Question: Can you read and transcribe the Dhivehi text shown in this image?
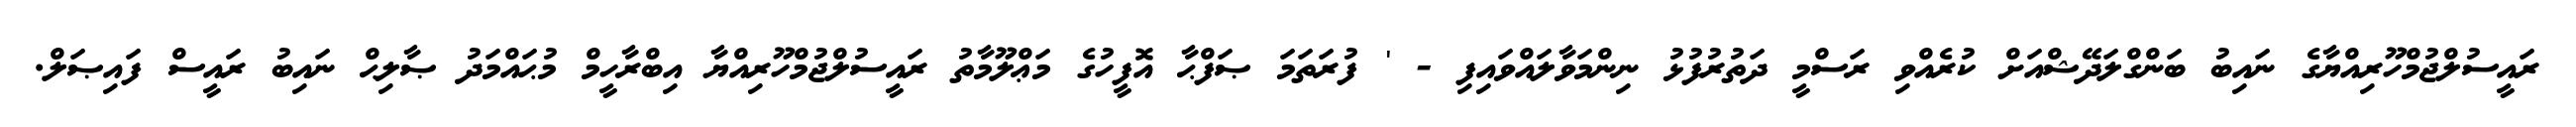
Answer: ރައީސުލްޖުމްހޫރިއްޔާގެ ނައިބު ބަންގްލަދޭޝްއަށް ކުރެއްވި ރަސްމީ ދަތުރުފުޅު ނިންމަވާލައްވައިފި - ' ފުރަތަމަ ޞަފްޙާ އޮފީހުގެ މަޢްލޫމާތު ރައީސުލްޖުމްހޫރިއްޔާ އިބްރާހީމް މުޙައްމަދު ޞާލިޙް ނައިބު ރައީސް ފައިޞަލް.